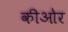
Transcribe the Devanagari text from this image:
कीओर